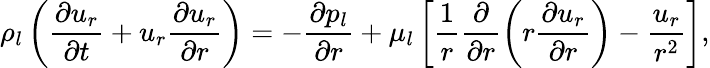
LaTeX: \rho_{l}\left(\frac{\partial u_{r}}{\partial t}+u_{r}\frac{\partial u_{r}}{\partial r}\right)=-\frac{\partial p_{l}}{\partial r}+\mu_{l}\left[\frac{1}{r}\frac{\partial}{\partial r}\left(r\frac{\partial u_{r}}{\partial r}\right)-\frac{u_{r}}{r^{2}}\right],